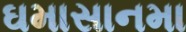
ઘમાસાનમા